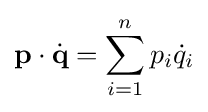
\mathbf {p} \cdot {\dot {\mathbf {q} }}=\sum _{i=1}^{n}p_{i}{\dot {q}}_{i}